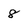
Character: 8